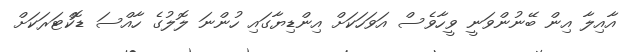
އާއިލާ އިން ބޭނުންވަނީ ވީހާވެސް އަވަހަކަށް އިންޑިޔާގައި ހުންނަ ލޮލުގެ ހާއްސަ ޑޮކްޓަރަކަށް